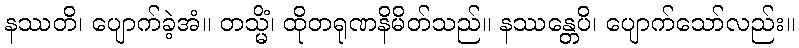
နဿတိ၊ ပျောက်ခဲ့အံ။ တသ္မိံ၊ ထိုတရုဏနိမိတ်သည်။ နဿန္တေပိ၊ ပျောက်သော်လည်း။